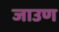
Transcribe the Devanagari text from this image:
जाउण